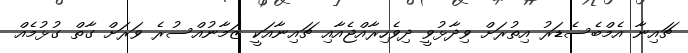
ޗައިނާ އެމްބެސެޑަރު އިތުރަށް ވިދާޅުވީ ދިވެހިރާއްޖެއާއި ޗައިނާއަކީ ޒަމާނުއްސުރެ ވަރަށް ގާތް ގުޅުމެއް